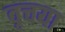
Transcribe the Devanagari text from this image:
वृचया